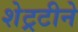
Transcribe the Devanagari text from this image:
शेट्रटीने